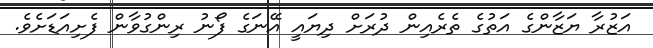
އަޒުރާ ޔަޒާންގެ އަތުގެ ތެރެއިން ދުރަށް ދިޔައީ އޭނަގެ ފޯނު ރިންގުވާން ފެށިއަޑަށެވެ.